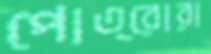
পোত্রোরা